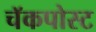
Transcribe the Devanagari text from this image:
चॅकपोस्ट